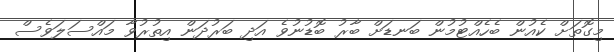
މިގޮތަށް ކެއުން ބެހެއްޓުމުން ބަނޑަށް ބާރު ބޮޑުނުވެ އަދި ބަރުދަން އިތުރުވާ މައްސަލަވެސް